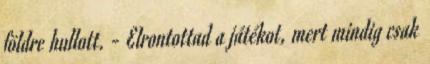
földre hullott. - Elrontottad a játékot, mert mindig csak